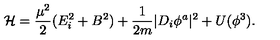
{ \cal H } = \frac { \mu ^ { 2 } } { 2 } ( E _ { i } ^ { 2 } + B ^ { 2 } ) + \frac { 1 } { 2 m } | D _ { i } \phi ^ { a } | ^ { 2 } + U ( \phi ^ { 3 } ) .